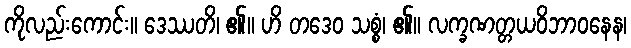
ကိုလည်းကောင်း။ ဒေဿတိ၊ ၏။ ဟိ တဒေဝ သစ္စံ၊ ၏။ လက္ခဏတ္တယဝိဘာဝနေန၊